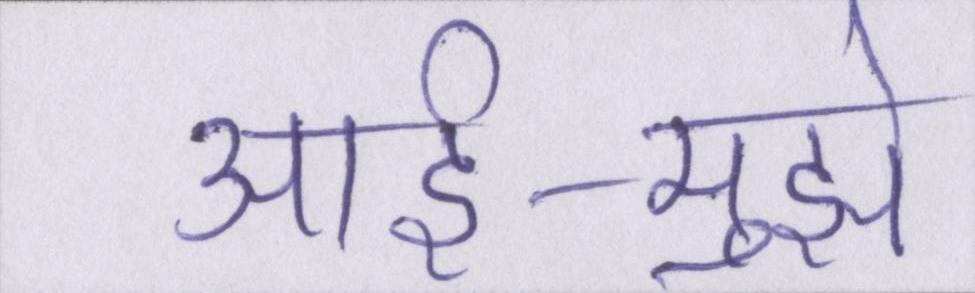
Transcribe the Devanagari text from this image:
आर्इ-मुझे